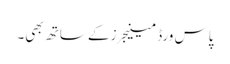
پاس ورڈ مینیجرز کے ساتھ بھی۔